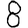
Digit: 8